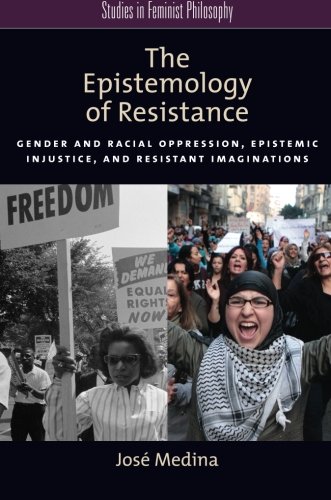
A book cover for The Epistemology of Resistance: Gender and Racial Oppression, Epistemic Injustice, and Resistant Imaginations (Studies in Feminist Philosophy); JosÃ© Medina; Politics & Social Sciences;